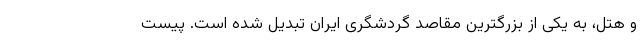
و هتل، به یکی از بزرگترین مقاصد گردشگری ایران تبدیل شده است. پیست